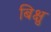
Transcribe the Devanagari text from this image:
बिक्षु